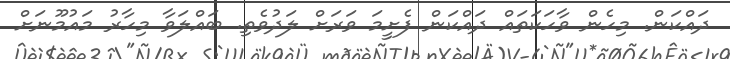
ދައްކަން. މިހެން ވާހަކަތައް ދައްކަން ފެށީމަ ވަރަށް ލަދުވެތި. ބައްލަވާ މިހާރު މައުމޫނަށް